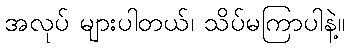
အလုပ် များပါတယ်၊ သိပ်မကြာပါနဲ့။